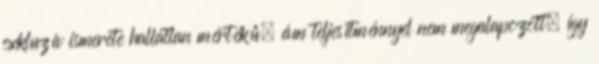
exkluzív ismerete hallatlan mértékű, ám teljesítménnyel nem megalapozott, így